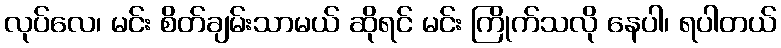
လုပ်လေ၊ မင်း စိတ်ချမ်းသာမယ် ဆိုရင် မင်း ကြိုက်သလို နေပါ၊ ရပါတယ်